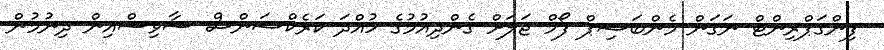
ފިންގަޕްރިންޓް ނަގަން މެންބަޝިޕް ފޯމް ޖަލަށް ގެންދިއުމުގެ ހުއްދަ ކަރެކްޝަންސް ސާވިސްއިން ދިނުމުން